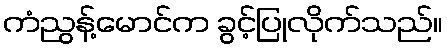
ကံညွန့်မောင်က ခွင့်ပြုလိုက်သည်။